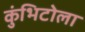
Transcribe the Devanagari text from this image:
कुंभिटोला